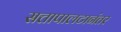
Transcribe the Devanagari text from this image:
सत्तापालटानंतर